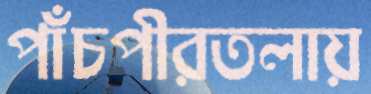
পাঁচপীরতলায়